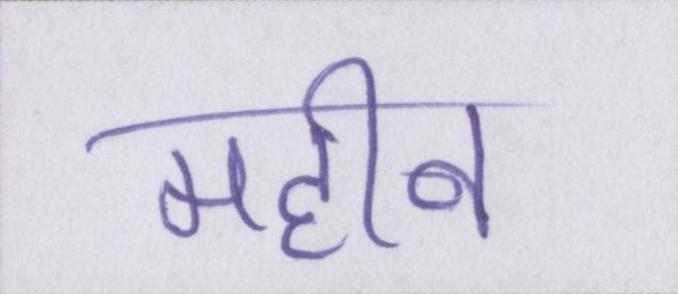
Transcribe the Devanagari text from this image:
महीन